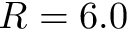
R = 6 . 0